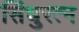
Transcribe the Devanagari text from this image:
सिंधुरत्न